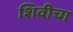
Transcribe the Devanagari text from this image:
शिवीचा